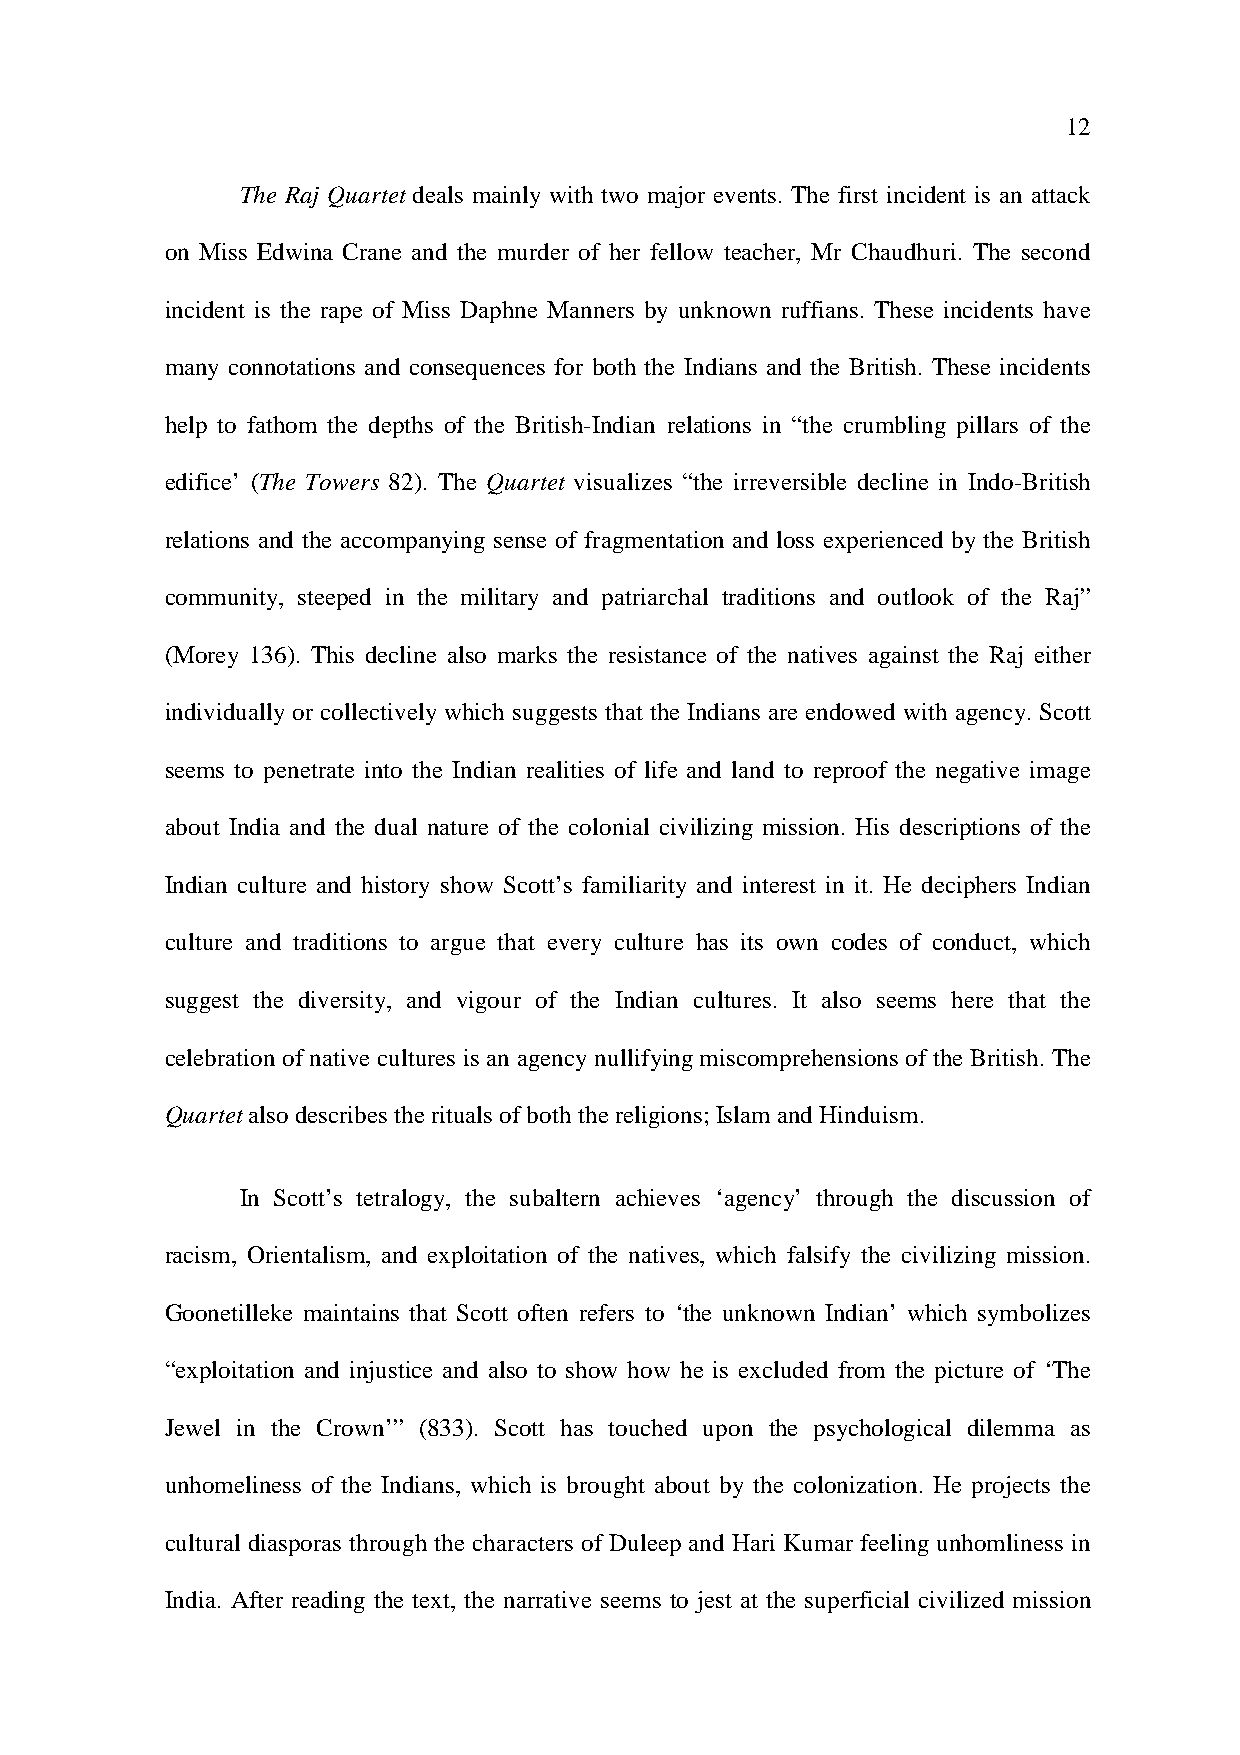
12
 The Raj Quartet deals mainly with two major events. The first incident is an attack
 on Miss Edwina Crane and the murder of her fellow teacher, Mr Chaudhuri. The second
 incident is the rape of Miss Daphne Manners by unknown ruffians. These incidents have
 many connotations and consequences for both the Indians and the British. These incidents
 help to fathom the depths of the British-Indian relations in “the crumbling pillars of the
 edifice’ (The Towers 82). The Quartet visualizes “the irreversible decline in Indo-British
 relations and the accompanying sense of fragmentation and loss experienced by the British
 community, steeped in the military and patriarchal traditions and outlook of the Raj”
 (Morey 136). This decline also marks the resistance of the natives against the Raj either
 individually or collectively which suggests that the Indians are endowed with agency. Scott
 seems to penetrate into the Indian realities of life and land to reproof the negative image
 about India and the dual nature of the colonial civilizing mission. His descriptions of the
 Indian culture and history show Scott’s familiarity and interest in it. He deciphers Indian
 culture and traditions to argue that every culture has its own codes of conduct, which
 suggest the diversity, and vigour of the Indian cultures. It also seems here that the
 celebration of native cultures is an agency nullifying miscomprehensions of the British. The
 Quartet also describes the rituals of both the religions; Islam and Hinduism.
 In Scott’s tetralogy, the subaltern achieves ‘agency’ through the discussion of
 racism, Orientalism, and exploitation of the natives, which falsify the civilizing mission.
 Goonetilleke maintains that Scott often refers to ‘the unknown Indian’ which symbolizes
 “exploitation and injustice and also to show how he is excluded from the picture of ‘The
 Jewel in the Crown’” (833). Scott has touched upon the psychological dilemma as
 unhomeliness of the Indians, which is brought about by the colonization. He projects the
 cultural diasporas through the characters of Duleep and Hari Kumar feeling unhomliness in
 India. After reading the text, the narrative seems to jest at the superficial civilized mission